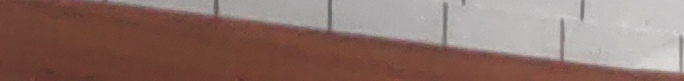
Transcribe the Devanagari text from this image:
अम्बा